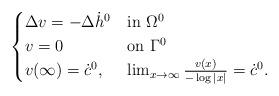
LaTeX: \begin{align*}\begin{cases}\Delta v = -\Delta\dot h^0 &\mbox{in }\Omega^0\\v = 0 &\mbox{on }\Gamma^0\\v (\infty)= \dot c^0, & \lim_{x\to \infty} \frac{v(x)}{-\log |x|}= \dot c^0.\end{cases}\end{align*}